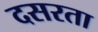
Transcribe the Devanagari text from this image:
दसरता